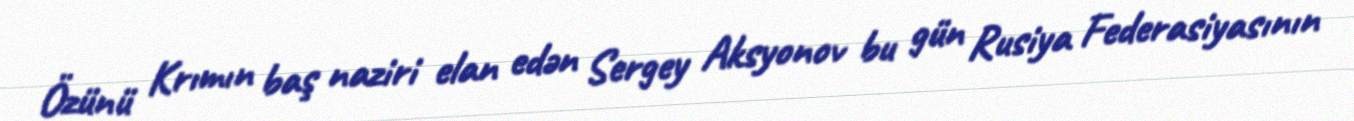
Özünü Krımın baş naziri elan edən Sergey Aksyonov bu gün Rusiya Federasiyasının